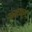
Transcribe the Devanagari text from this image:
मज़कूरा